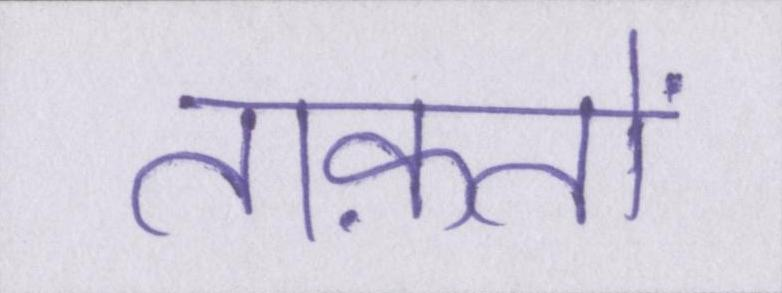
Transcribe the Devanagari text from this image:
ताक़तों